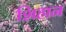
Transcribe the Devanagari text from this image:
शिहान